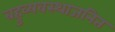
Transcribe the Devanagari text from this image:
बहुव्यवस्थाजनित